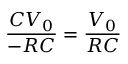
\frac { C V _ { 0 } } { - R C } = \frac { V _ { 0 } } { R C }